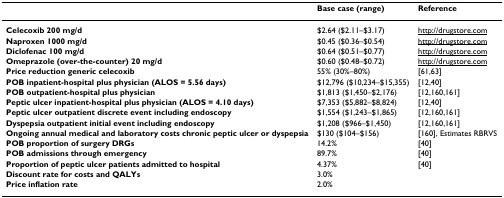
<table><thead><tr><td></td><td><b>Base case (range)</b></td><td><b>Reference</b></td></tr></thead><tbody><tr><td><b>Celecoxib 200 mg/d</b></td><td>$2.64 ($2.11–$3.17)</td><td>http://drugstore.com</td></tr><tr><td><b>Naproxen 1000 mg/d</b></td><td>$0.45 ($0.36–$0.54)</td><td>http://drugstore.com</td></tr><tr><td><b>Diclofenac 100 mg/d</b></td><td>$0.64 ($0.51–$0.77)</td><td>http://drugstore.com</td></tr><tr><td><b>Omeprazole (over-the-counter) 20 mg/d</b></td><td>$0.60 ($0.48–$0.72)</td><td>http://drugstore.com</td></tr><tr><td><b>Price reduction generic celecoxib</b></td><td>55% (30%–80%)</td><td>[61,63]</td></tr><tr><td><b>POB inpatient-hospital plus physician (ALOS = 5.56 days)</b></td><td>$12,796 ($10,234–$15,355)</td><td>[12,40]</td></tr><tr><td><b>POB outpatient-hospital plus physician</b></td><td>$1,813 ($1,450–$2,176)</td><td>[12,160,161]</td></tr><tr><td><b>Peptic ulcer inpatient-hospital plus physician (ALOS = 4.10 days)</b></td><td>$7,353 ($5,882–$8,824)</td><td>[12,40]</td></tr><tr><td><b>Peptic ulcer outpatient discrete event including endoscopy</b></td><td>$1,554 ($1,243–$1,865)</td><td>[12,160,161]</td></tr><tr><td><b>Dyspepsia outpatient initial event including endoscopy</b></td><td>$1,208 ($966–$1,450)</td><td>[12,160,161]</td></tr><tr><td><b>Ongoing annual medical and laboratory costs chronic peptic ulcer or dyspepsia</b></td><td>$130 ($104–$156)</td><td>[160], Estimates RBRVS</td></tr><tr><td><b>POB proportion of surgery DRGs</b></td><td>14.2%</td><td>[40]</td></tr><tr><td><b>POB admissions through emergency</b></td><td>89.7%</td><td>[40]</td></tr><tr><td><b>Proportion of peptic ulcer patients admitted to hospital</b></td><td>4.37%</td><td>[40]</td></tr><tr><td><b>Discount rate for costs and QALYs</b></td><td>3.0%</td><td></td></tr><tr><td><b>Price inflation rate</b></td><td>2.0%</td><td></td></tr></tbody></table>